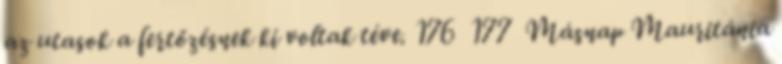
az utasok a fertőzésnek ki voltak téve. 176 177 Másnap Mauritánia